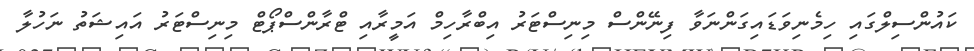
ކައުންސިލްގައި ހިމެނިވަޑައިގަންނަވާ ފިނޭންސް މިނިސްޓަރު އިބްރާހިމް އަމީރާއި ޓްރާންސްޕޯޓް މިނިސްޓަރު އައިޝަތު ނަހުލާ